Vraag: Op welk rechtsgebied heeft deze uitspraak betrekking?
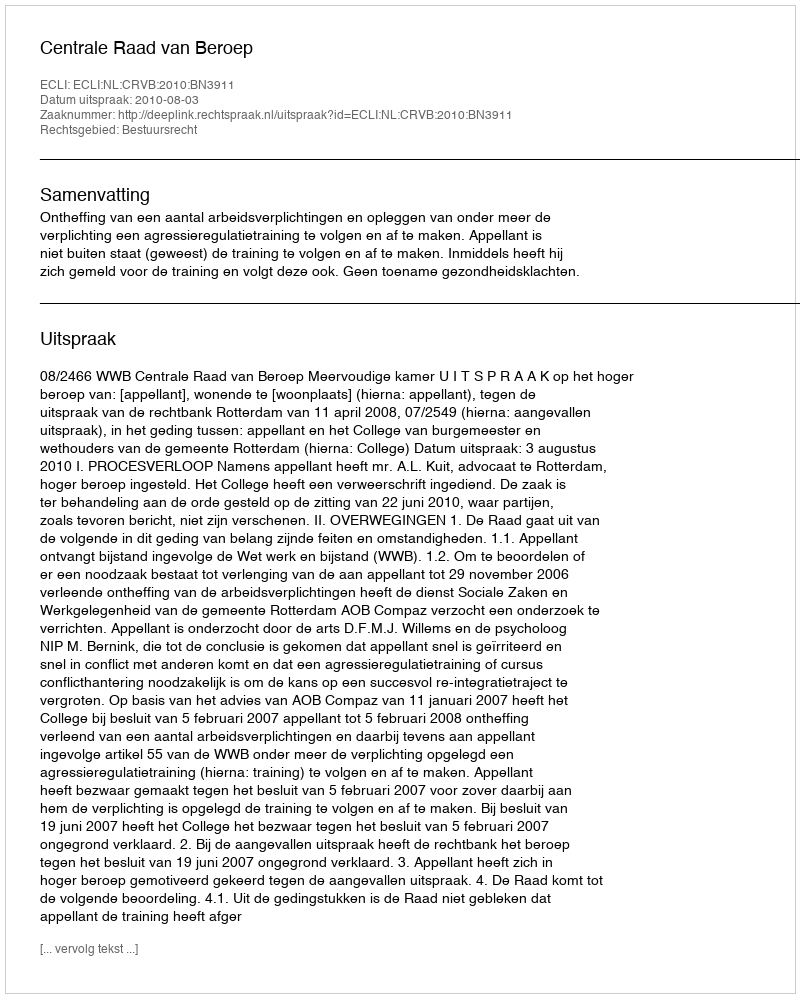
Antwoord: Bestuursrecht